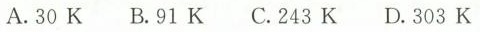
A.30K B.91K C.243K D.303K